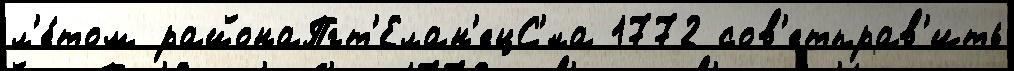
л'е́том районаПгт'Елан'ецС'́ла 1772 сов'етправ'ить